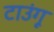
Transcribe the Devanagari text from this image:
टाउंगू